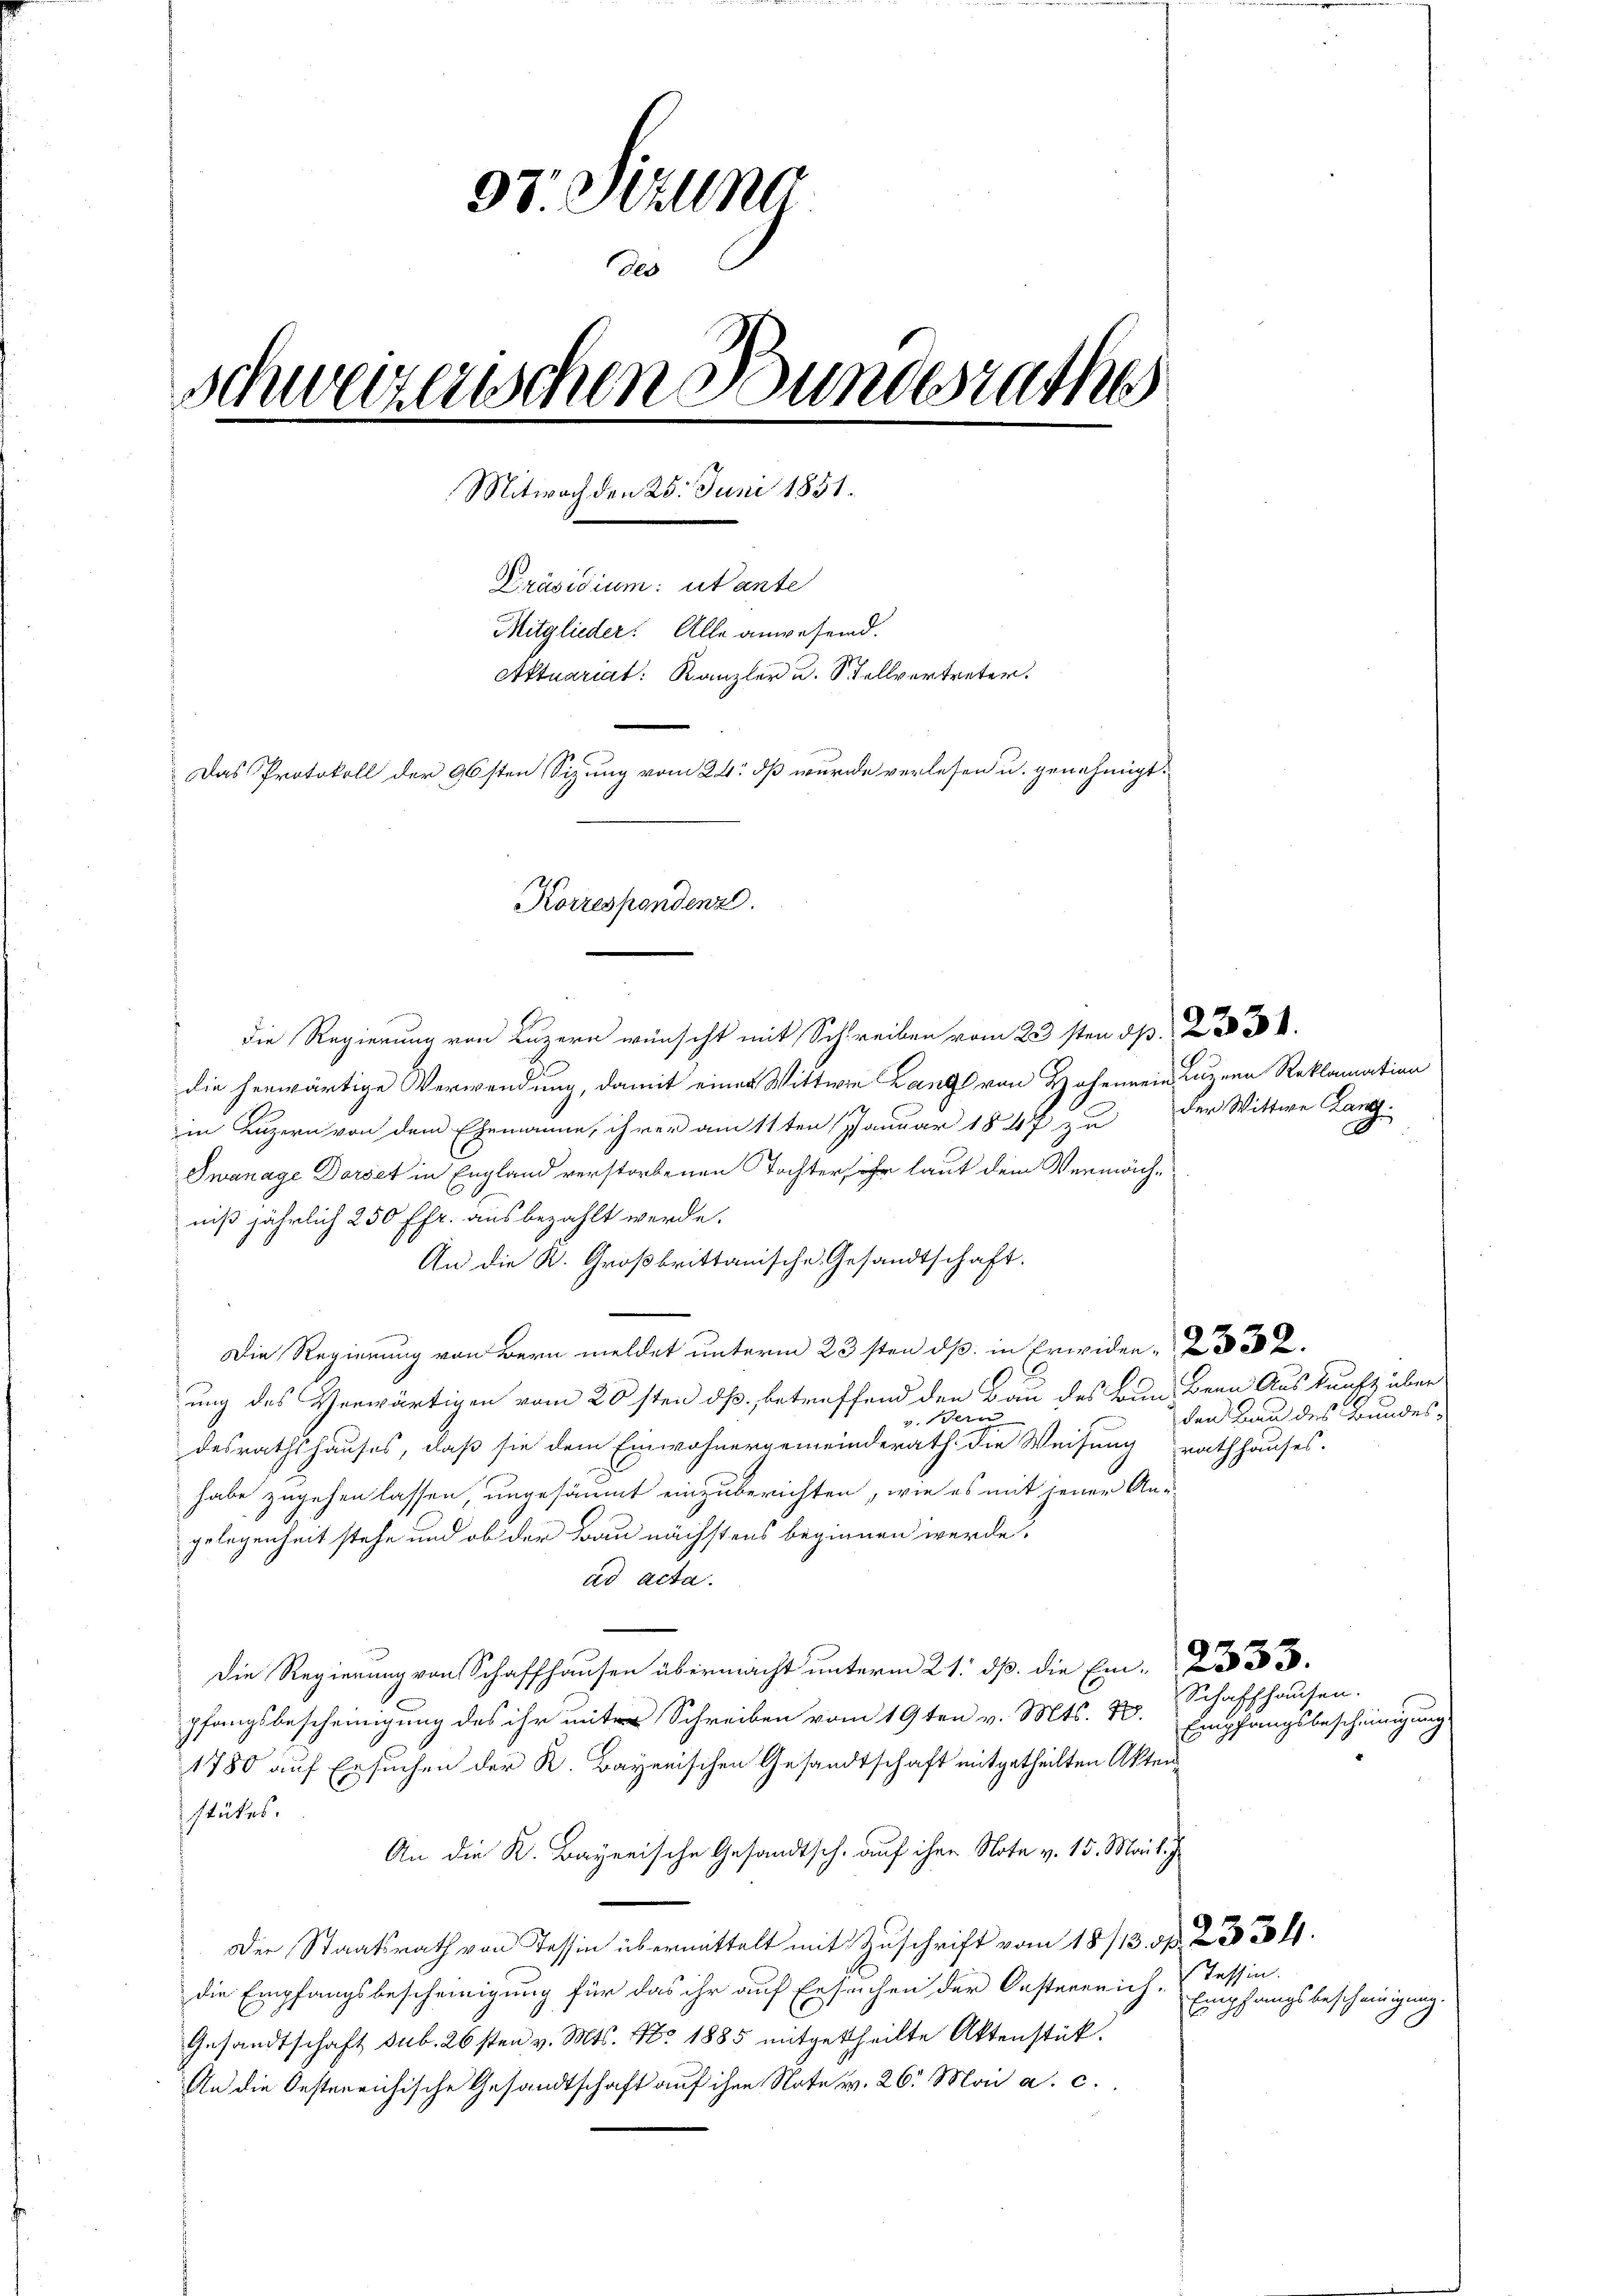
97. Sitzung
des
schweizerischen Bundesrathes
Mitwoch den 25. Juni 1851.
Präsidium: utante
Mitglieder. Alle anwesend.
Aktuariat Kanzler u. Stellvertreter.
Das Protokoll der 96sten Sizung vom 24. dß wurde verlesen u. genehmigt.
Korrespondenz.

" die Regierung von Luzern wünscht mit Schreiben vom 23sten de
die herwärtige Verwendung, damit einer Wittwe Langs von Hohen ein Luzern Reklamation
in Luzern von dem Ehemanne, ihrer am 11ten Januar 1847 zu der Wittwe Lang
Swanage Dorset in England verstorbenen Tochter, ihr laut dem Vermächniß jährlich 250 ffr. aus bezahlt werde.
An die K. Großbrittanische Gesandtschaft.
Die Regierung von Bern meldet unterm 23sten ds in Erwider
.
ung des Verwärtigen vom 20sten ds. betreffend den Bau des Bundern Auskunft über
v. dein
desrathshauses, daß sie dem Einwohnergemeinderath die Weisung rathhauses.
habe zugehen lassen, ungesäumt einzuberichten, wie es mit jener Angelegenheit stehe und ob der Bau nächstens beginnen werde.
ad acta.
Die Regierung von Schaffhausen übermacht unterm 21. dß. die Ein-
pfangsbescheinigung des ihr unter Schreiben vom 19ten v. Mts. 78.
1780 auf Ersuchen der K. Bayerischen Gesandtschaft mitgetheilten Aktenstükes.
An die K. Bayerische Gesandtsch. auf ihre Note v. 15. Mai l. J.
Der Staatsrath von Tessin übermittelt mit Zuschrift vom 18/13. d. 2. 334.
die Empfangsbescheinigung für das ihr auf Ersuchen der Oesterreich, Tessin.
Gesandtschaft sub. 26sten v. Mts. No. 1885 mitgetheilte Aktenstück.
An die Oestereichische Gesandtschaft auf ihre Note v. 26. Mai a. c.

den Bau des Bundes¬

Schaffhausen.
Empfangsbescheinigung

Empfangsbescheinigung.